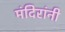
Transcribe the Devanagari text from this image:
मंदिरांनी